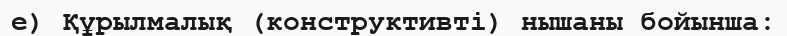
е) Құрылмалық (конструктивті) нышаны бойынша: